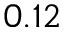
0 . 1 2